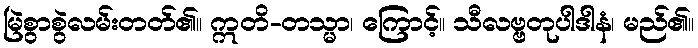
မြဲစွာစွဲလမ်းတတ်၏။ ဣတိ-တသ္မာ၊ ကြောင့်။ သီလဗ္ဗတုပါဒါနံ၊ မည်၏။